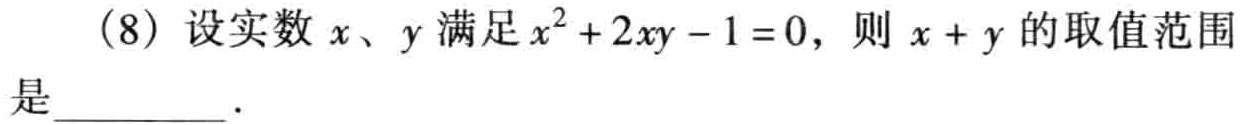
(8) 设实数 \(x、y\) 满足 \(x^{2}+2xy - 1 = 0\)，则 \(x + y\) 的取值范围是  ．